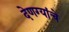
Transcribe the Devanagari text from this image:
देणग्यांचे